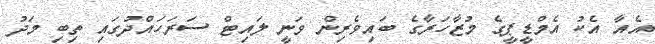
އެއާ އެކު އެމްޑީޕީގެ މުޒާހަރާގެ ބައިވެރިން ވަނީ ލައިޓް ސަރަހައްދުގައި ތިބި މަދު